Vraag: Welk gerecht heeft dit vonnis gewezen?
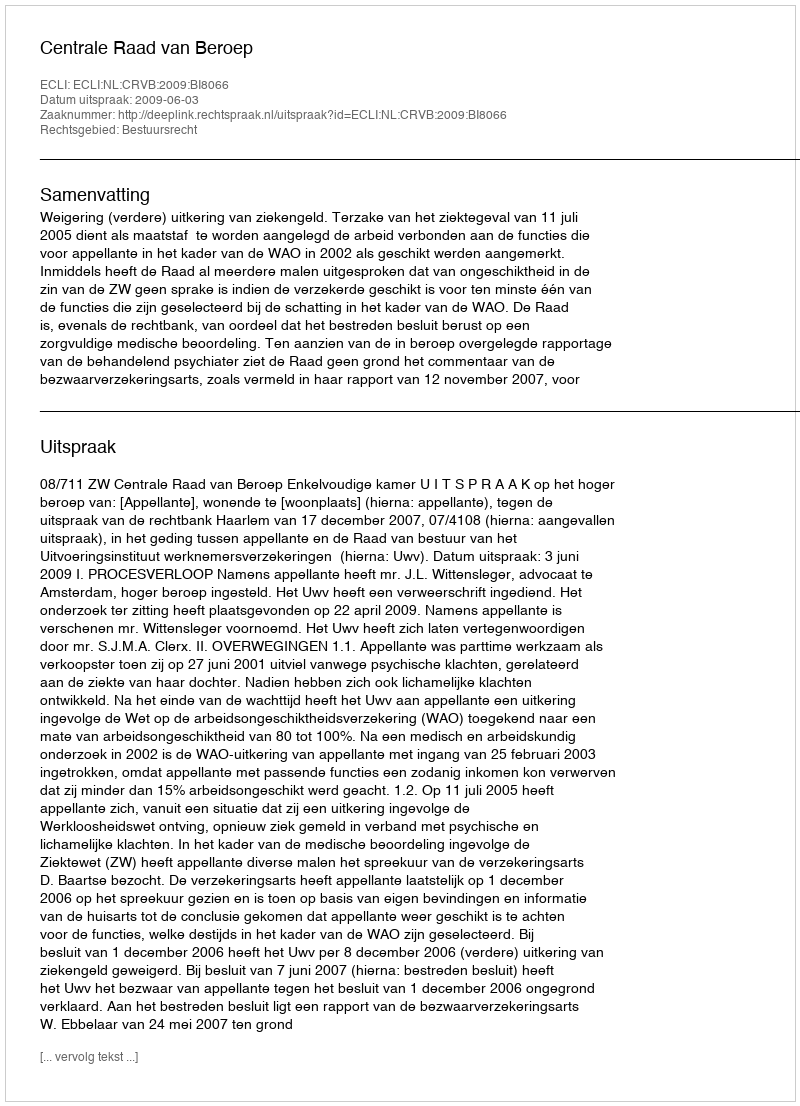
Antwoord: Centrale Raad van Beroep